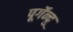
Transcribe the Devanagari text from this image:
पूर्गेन्दू